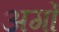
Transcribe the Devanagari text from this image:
अर्गों